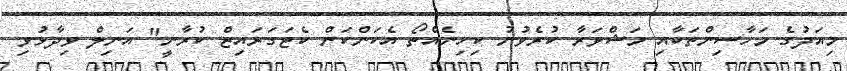
މިއަދުގެ މަހާސިންތަކާއި މަޝްވަރާ ކުރެވުނު ކިހިނެއްތޯ އެކަންކަން ކެޓަގަރައިޒް ކުރާނީ" އަނިލް ވިދާޅުވި